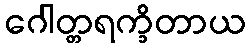
ဂေါတ္တရက္ခိတာယ